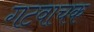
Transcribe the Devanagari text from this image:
गटवाचक